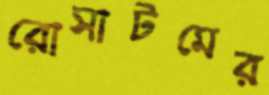
রোসাটমের